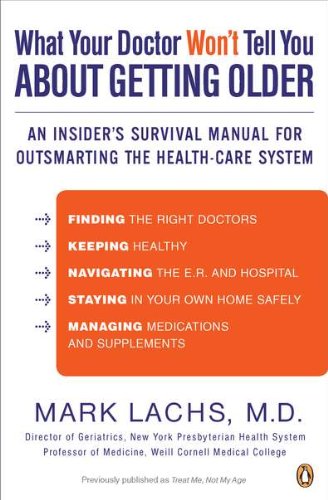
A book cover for What Your Doctor Won't Tell You About Getting Older: An Insider's Survival Manual for Outsmarting the Health-Care System; Mark Lachs M.D.; Health, Fitness & Dieting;